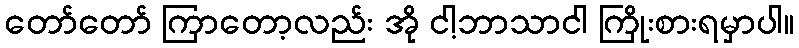
တော်တော် ကြာတော့လည်း အို ငါ့ဘာသာငါ ကြိုးစားရမှာပါ။